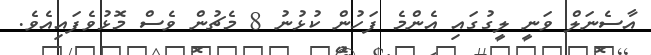
އާސެނަލް ވަނީ ލީގުގައި އެންމެ ފަހުން ކުޅުނު 8 މެޗުން ވެސް މޮޅުވެފައިއެވެ.